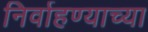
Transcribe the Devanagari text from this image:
निर्वाहण्याच्या